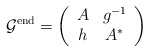
\begin{align*} \mathcal{G}^{\mathrm{end}} = \left( \begin{array}{cc}A&g^{-1}\\h& A^* \end{array}\right)\end{align*}